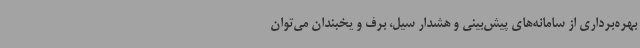
بهره‌برداری از سامانه‌های پیش‌بینی و هشدار سیل، برف و یخبندان می‌توان